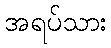
အရပ်သား